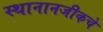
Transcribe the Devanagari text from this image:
स्थानानजीकचे